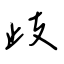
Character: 歧